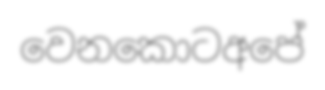
වෙනකොටඅපේ